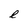
Character: e